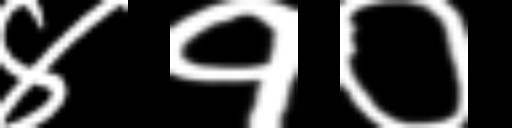
Text: ४१०